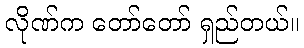
လိုဏ်က တော်တော် ရှည်တယ်။